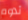
تدوم